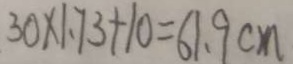
3 0 \times 1 . 7 3 + 1 0 = 6 1 . 9 c m